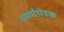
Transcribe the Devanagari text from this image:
३मर्मभेदक